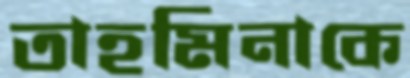
তাহমিনাকে